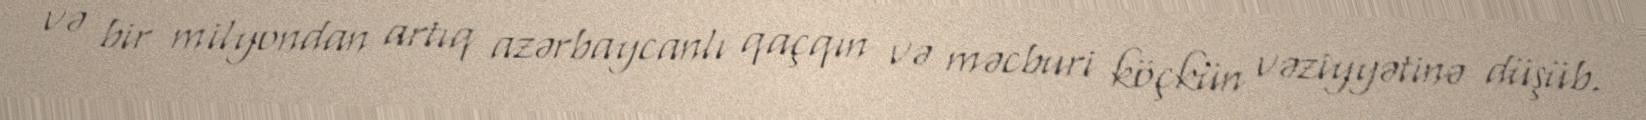
və bir milyondan artıq azərbaycanlı qaçqın və məcburi köçkün vəziyyətinə düşüb.